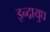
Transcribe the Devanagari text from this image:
इन्द्रायुध